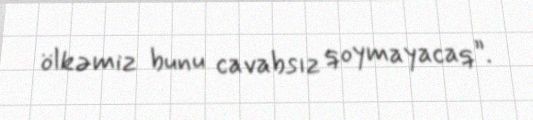
ölkəmiz bunu cavabsız qoymayacaq”.